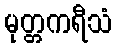
မုတ္တကရီသံ